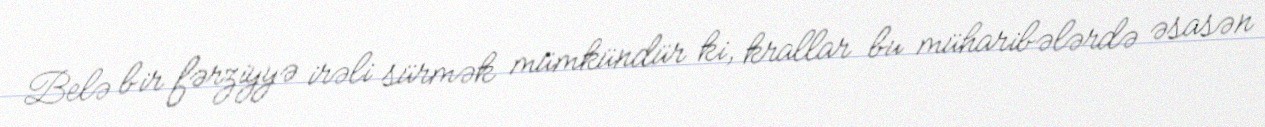
Belə bir fərziyyə irəli sürmək mümkündür ki, krallar bu müharibələrdə əsasən